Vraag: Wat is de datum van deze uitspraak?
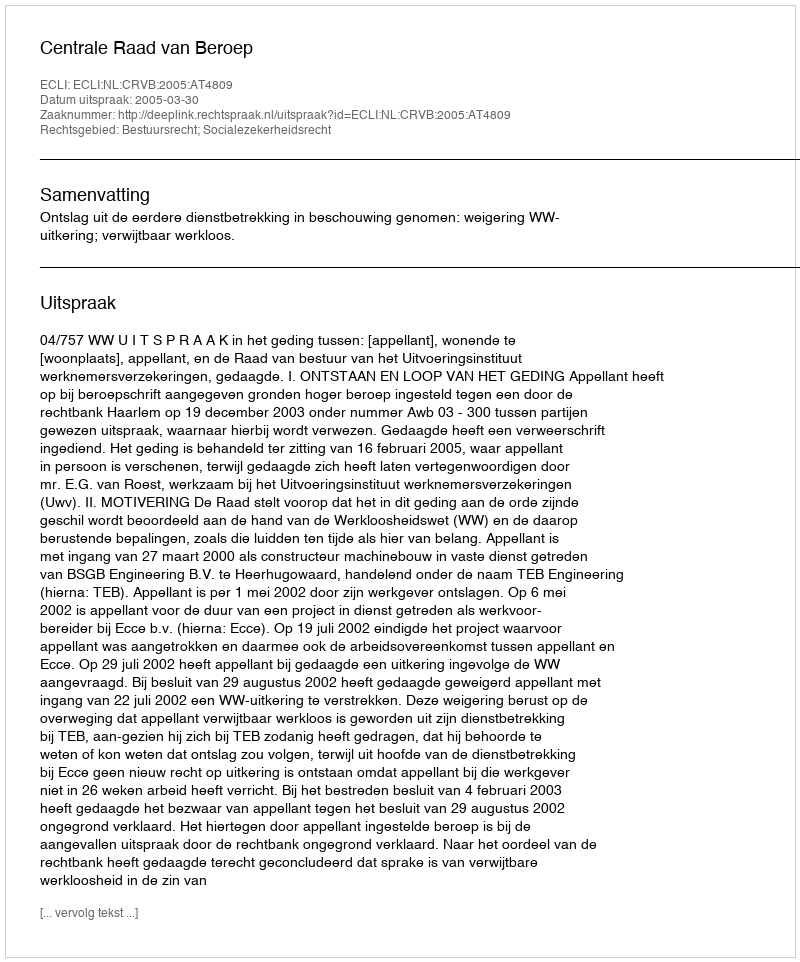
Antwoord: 2005-03-30